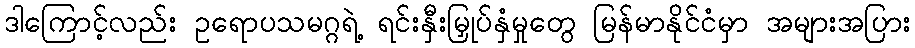
ဒါကြောင့်လည်း ဥရောပသမဂ္ဂရဲ့ ရင်းနှီးမြှုပ်နှံမှုတွေ မြန်မာနိုင်ငံမှာ အများအပြား